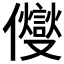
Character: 𠑄